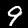
Label: 9